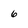
Character: 6